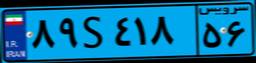
۰۷S۶۸۶۲۰